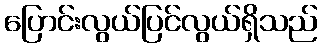
ပြောင်းလွယ်ပြင်လွယ်ရှိသည်